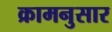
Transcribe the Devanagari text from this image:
क्रामनुसार